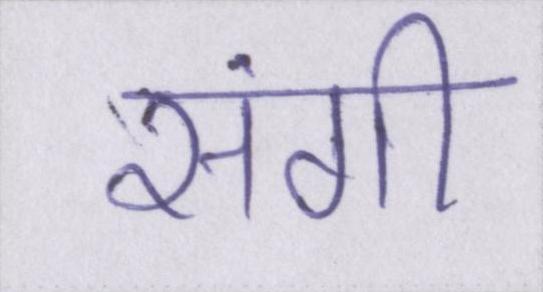
संगी